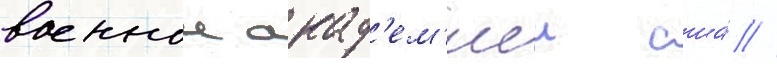
военнои акад'ем'иеи сша́ //